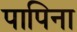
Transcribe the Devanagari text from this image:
पापिना